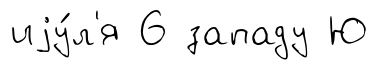
иjу́л'я 6 западу Ю